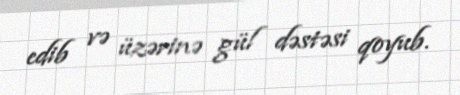
edib və üzərinə gül dəstəsi qoyub.